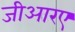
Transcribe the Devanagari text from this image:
जीआरए